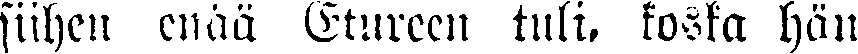
siihen enää Etureen tuli, koska hän